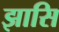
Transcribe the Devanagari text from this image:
झासि